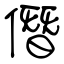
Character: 僭